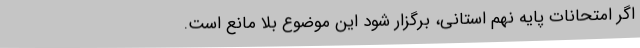
اگر امتحانات پایه نهم استانی، برگزار شود این موضوع بلا مانع است.